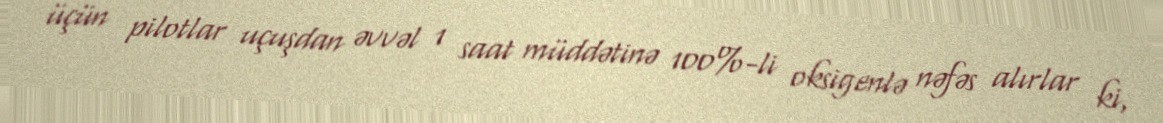
üçün pilotlar uçuşdan əvvəl 1 saat müddətinə 100%-li oksigenlə nəfəs alırlar ki,